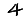
Digit: 4